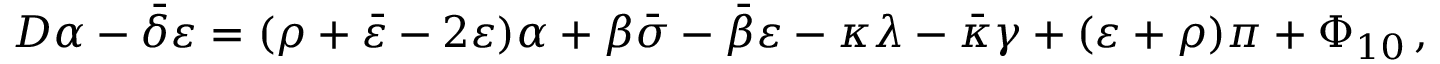
D \alpha - { \bar { \delta } } \varepsilon = ( \rho + { \bar { \varepsilon } } - 2 \varepsilon ) \alpha + \beta { \bar { \sigma } } - { \bar { \beta } } \varepsilon - \kappa \lambda - { \bar { \kappa } } \gamma + ( \varepsilon + \rho ) \pi + \Phi _ { 1 0 } \, ,